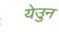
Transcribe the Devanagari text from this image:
येउुन